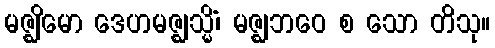
မဇ္ဈိမော ဒေဟမဇ္ဈသ္မိံ၊ မဇ္ဈဘဝေ စ သော တိသု။